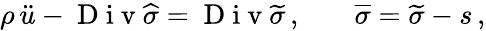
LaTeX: \begin{array}{rlr}{\rho\, \ddot{u}-\mathrm{~D~i~v~}\widehat{\sigma}=\mathrm{~D~i~v~}\widetilde{\sigma}\, ,}&{{}}&{\overline{{\sigma}}=\widetilde{\sigma}-s\, ,}\end{array}